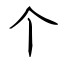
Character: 个